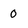
Character: 0